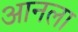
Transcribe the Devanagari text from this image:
आनला